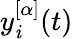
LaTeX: y_{\mathit{i}}^{[\alpha]}(t)